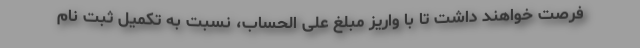
فرصت خواهند داشت تا با واریز مبلغ علی الحساب، نسبت به تکمیل ثبت نام